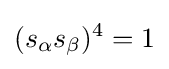
(s_{\alpha }s_{\beta })^{4}=1